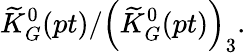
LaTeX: \widetilde{K}_{G}^{0}(pt)/\left(\widetilde{K}_{G}^{0}(pt)\right)_{3}.